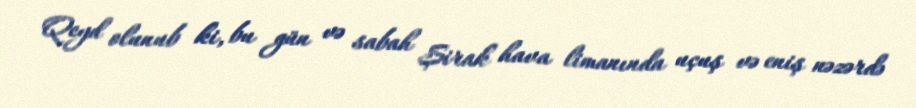
Qeyd olunub ki, bu gün və sabah Şirak hava limanında uçuş və eniş nəzərdə